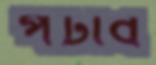
পটাব